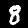
Label: 8